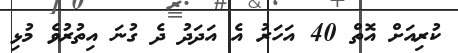
ކުރިއަށް އޮތް 40 އަހަރު އެ އަދަދު ދެ ގުނަ އިތުރުވެ މުޅި